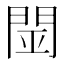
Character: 𨴇